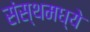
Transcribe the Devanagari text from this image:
संस्थमध्ये